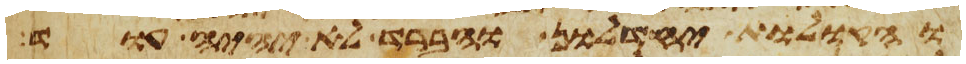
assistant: והקולות יחדלון והברד לא יהיה עוד